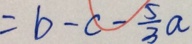
= b - c - \frac { 5 } { 3 } a